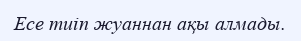
Есе тиіп жуаннан ақы алмады.